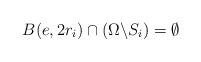
LaTeX: \begin{align*} B(e,2r_i) \cap (\Omega \backslash S_i) = \emptyset\end{align*}